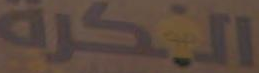
الفكرة